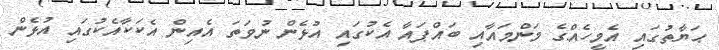
ޙަޔާތުގައި އެމީހެއްގެ މަންމައާއި ބައްޕައާ އެކުގައި އުޅެން ނުވަތަ އެއިން އެކަކާއެކުގައި އުޅެން